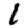
Digit: 1